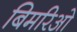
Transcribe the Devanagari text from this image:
बिमरिओ